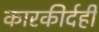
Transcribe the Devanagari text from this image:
कारकीर्दही